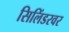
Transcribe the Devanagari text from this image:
सिलिंडरवर